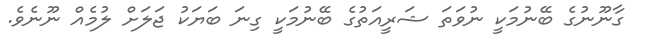
ގާނޫނުގެ ބޭނުމަކީ ނުވަތަ ޝަރީއަތުގެ ބޭނުމަކީ ގިނަ ބަޔަކު ޖަލަށް ލުމެއް ނޫނެވެ.